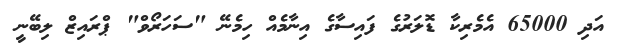
އަދި 65000 އެމެރިކާ ޑޮލަރުގެ ފައިސާގެ އިނާމެއް ހިމެނޭ "ސަހަރޯވް" ޕްރައިޒް ލިބޭނީ